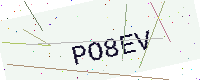
Text: PO8EV